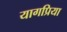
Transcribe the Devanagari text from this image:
यागप्रिया